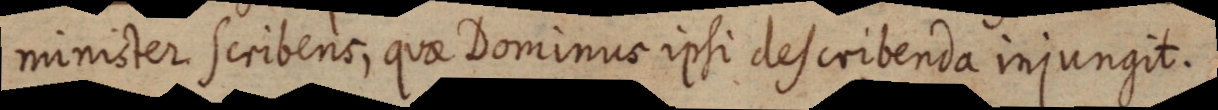
minister scribens, quae Dominus ipsi describenda injungit.